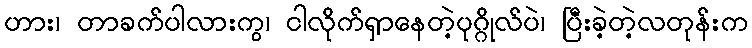
ဟား၊ တာခက်ပါလားကွ၊ ငါလိုက်ရှာနေတဲ့ပုဂ္ဂိုလ်ပဲ၊ ပြီးခဲ့တဲ့လတုန်းက